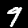
Digit: 9